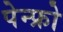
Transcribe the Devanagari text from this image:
पेन्फ्रो